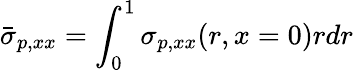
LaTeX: \bar{\sigma}_{p,xx}=\int_{0}^{1}\sigma_{p,xx}(r,x=0)rdr